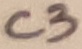
Text: C3